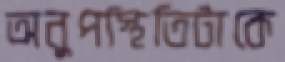
অনুপস্থিতিটাকে